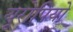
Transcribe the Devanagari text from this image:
यूरोपियो